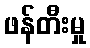
ဖန်တီးမှု